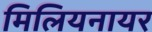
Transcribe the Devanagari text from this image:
मिलियनायर